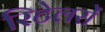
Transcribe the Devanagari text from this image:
रिटेलरों